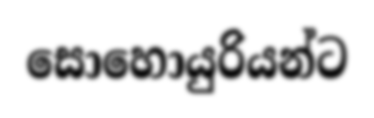
සොහොයුරියන්ට